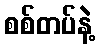
စစ်တပ်နဲ့